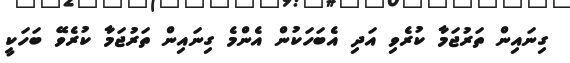
ގިނައިން ތަރުޖަމާ ކުރެވި އަދި އެބަހަކުން އެންމެ ގިނައިން ތަރުޖަމާ ކުރެވޭ ބަހަކީ